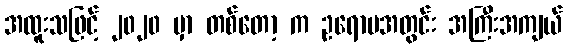
အထူးသဖြင့် ၂၀၂၀ မှာ တစ်တော့ က ဥရောပအတွင်း အကြီးအကျယ်